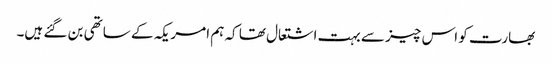
بھارت کو اس چیز سے بہت اشتعال تھا کہ ہم امریکہ کے ساتھی بن گئے ہیں۔